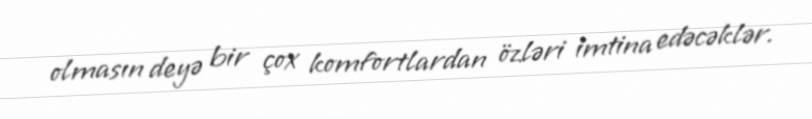
olmasın deyə bir çox komfortlardan özləri imtina edəcəklər.